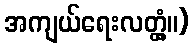
အကျယ်ရေးလတ္တံ့။)